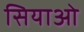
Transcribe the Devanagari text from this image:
सियाओ